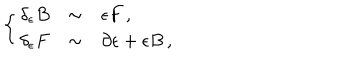
LaTeX: \left\{ \begin{array} { r c l } { { \delta _ { \epsilon } B } } & { { \sim } } & { { \epsilon F \, , } } \\ { { \delta _ { \epsilon } F } } & { { \sim } } & { { \partial \epsilon + \epsilon B \, , } } \\ \end{array} \right.